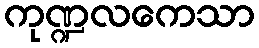
ကုဏ္ဍလကေသာ